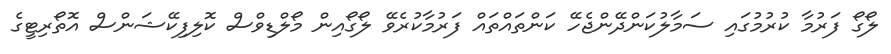
ލޯގޯ ފަރުމާ ކުރުމުގައި ސަމާލުކަންދޭންޖެހޭ ކަންތައްތައް ފަރުމާކުރެވޭ ލޯގޯއިން މޯލްޑިވްސް ކޮލިފިކޭޝަންސް އޮތޯރިޓީގެ